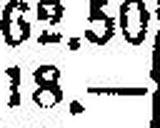
18.—